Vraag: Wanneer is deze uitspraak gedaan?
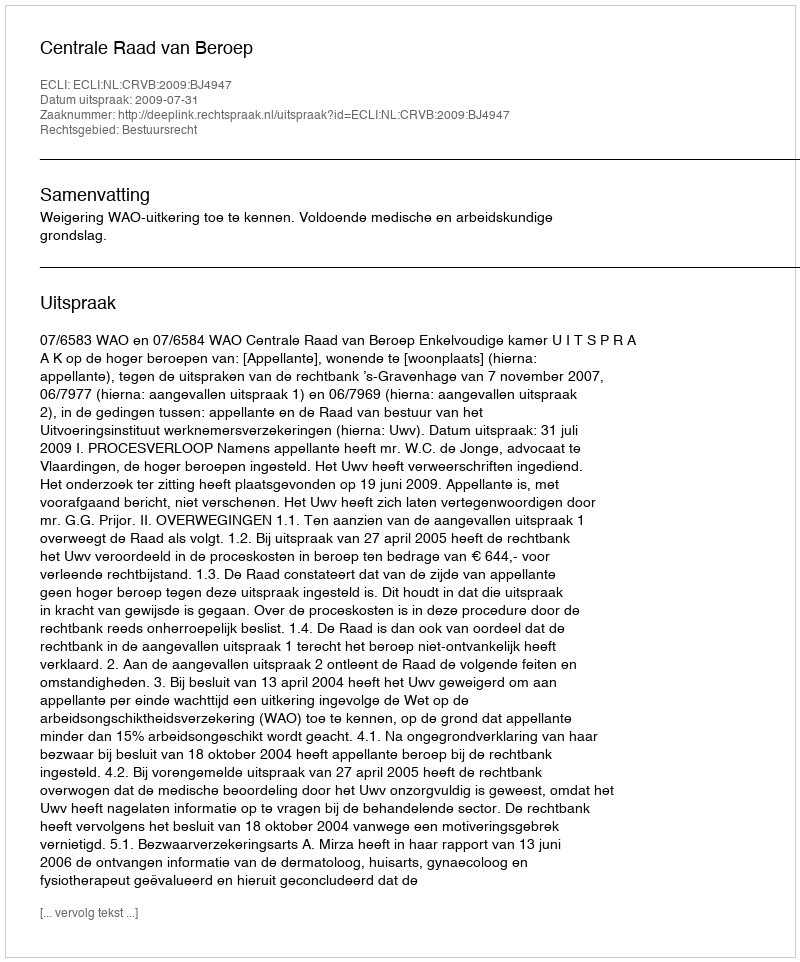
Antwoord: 2009-07-31